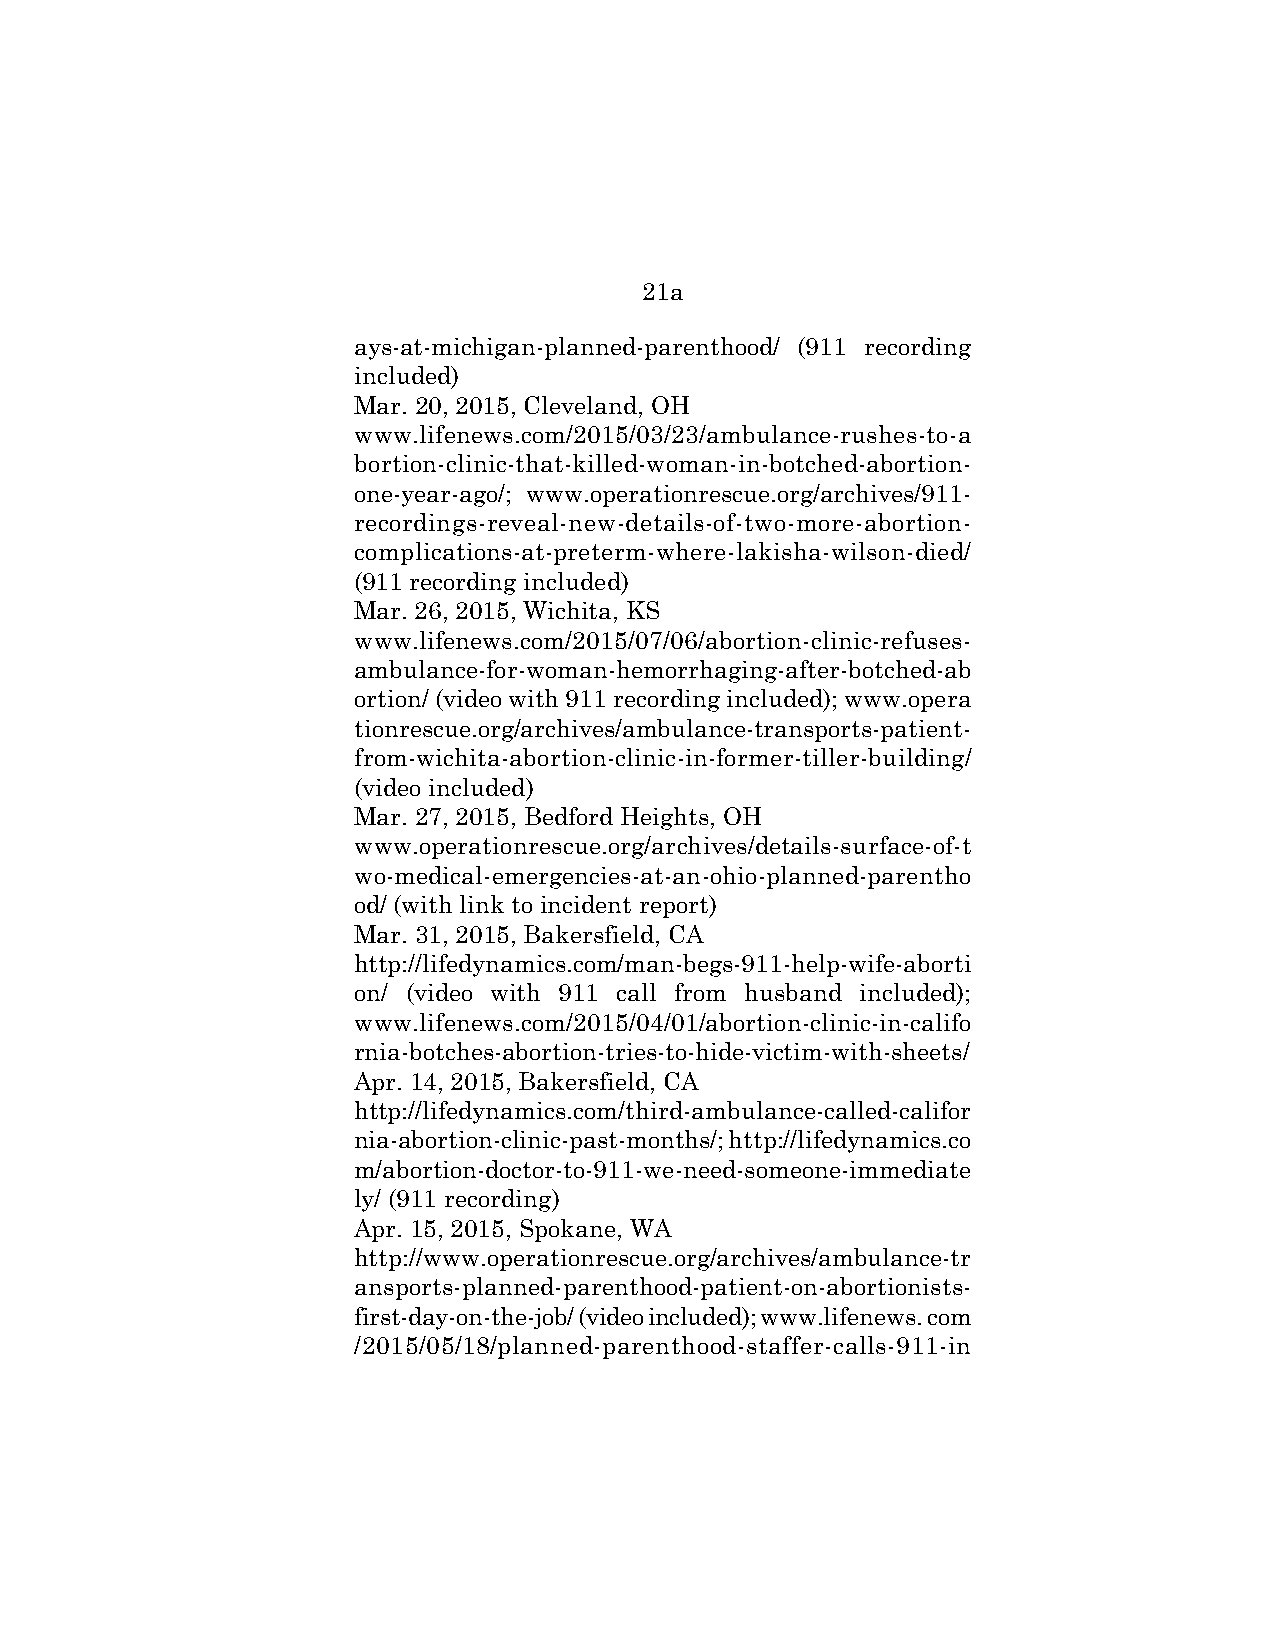
21a
 ays-at-michigan-planned-parenthood/ (911 recording
 included)
 Mar. 20, 2015, Cleveland, OH
 www.lifenews.com/2015/03/23/ambulance-rushes-to-a
 bortion-clinic-that-killed-woman-in-botched-abortion-
 one-year-ago/; www.operationrescue.org/archives/911-
 recordings-reveal-new-details-of-two-more-abortion-
 complications-at-preterm-where-lakisha-wilson-died/
 (911 recording included)
 Mar. 26, 2015, Wichita, KS
 www.lifenews.com/2015/07/06/abortion-clinic-refuses-
 ambulance-for-woman-hemorrhaging-after-botched-ab
 ortion/ (video with 911 recording included); www.opera
 tionrescue.org/archives/ambulance-transports-patient-
 from-wichita-abortion-clinic-in-former-tiller-building/
 (video included)
 Mar. 27, 2015, Bedford Heights, OH
 www.operationrescue.org/archives/details-surface-of-t
 wo-medical-emergencies-at-an-ohio-planned-parentho
 od/ (with link to incident report)
 Mar. 31, 2015, Bakersfield, CA
 http://lifedynamics.com/man-begs-911-help-wife-aborti
 on/ (video with 911 call from husband included);
 www.lifenews.com/2015/04/01/abortion-clinic-in-califo
 rnia-botches-abortion-tries-to-hide-victim-with-sheets/
 Apr. 14, 2015, Bakersfield, CA
 http://lifedynamics.com/third-ambulance-called-califor
 nia-abortion-clinic-past-months/; http://lifedynamics.co
 m/abortion-doctor-to-911-we-need-someone-immediate
 ly/ (911 recording)
 Apr. 15, 2015, Spokane, WA
 http://www.operationrescue.org/archives/ambulance-tr
 ansports-planned-parenthood-patient-on-abortionists-
 first-day-on-the-job/ (video included); www.lifenews. com
 /2015/05/18/planned-parenthood-staffer-calls-911-in